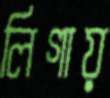
লিগায়